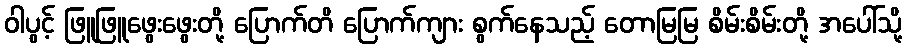
ဝါပွင့် ဖြူဖြူဖွေးဖွေးတို့ ပြောက်တိ ပြောက်ကျား စွက်နေသည့် တောမြမြ စိမ်းစိမ်းတို့ အပေါ်သို့